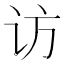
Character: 访